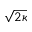
\sqrt { 2 \kappa }